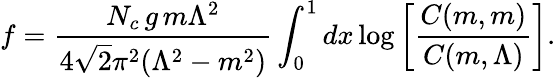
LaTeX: f=\frac{N_{c}\, g\, m\Lambda^{2}}{4\sqrt{2}\pi^{2}(\Lambda^{2}-m^{2})}\int_{0}^{1}dx\log\left[\frac{C(m,m)}{C(m,\Lambda)}\right].